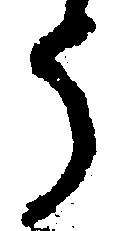
う